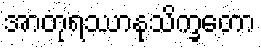
အာတုရဿာနုသိက္ခတော